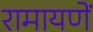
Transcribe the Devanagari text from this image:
रामायणें